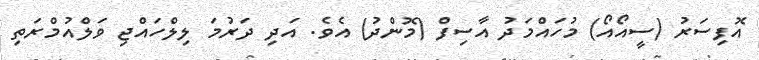
އޮފިސަރު (ސީއޯއޯ) މުހައްމަދު އާސިފް (މޮންދު) އެެވެ. އަދި ދަރުމަ ލިލްހައްޖި ވަލްއުމްރަތި